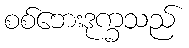
စစ်ဘေးဒုက္ခသည်